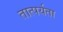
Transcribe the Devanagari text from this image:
तात्पर्यता